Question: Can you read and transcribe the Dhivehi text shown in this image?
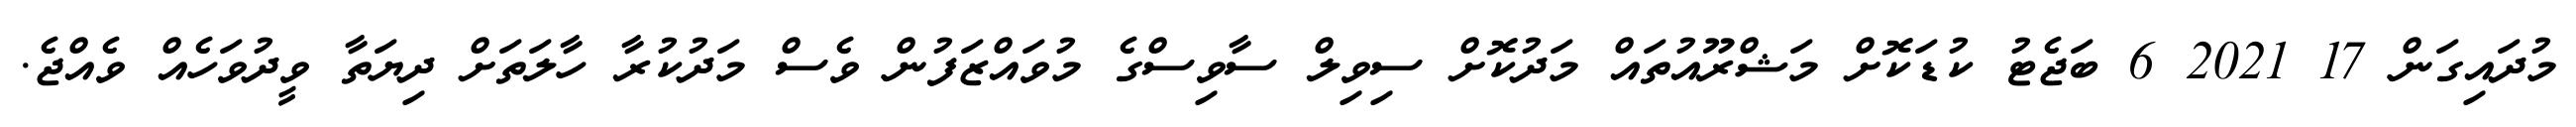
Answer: މުދައިގަން 17 2021 6 ބަޖެޓު ކުޑަކޮށް މަޝްރޫއުތައް މަދުކޮށް ސިވިލް ސާވިސްގެ މުވައްޒަފުން ވެސް މަދުކުރާ ހާލަތަށް ދިޔަތާ ވީދުވަހެއް ވެއްޖެ.